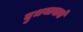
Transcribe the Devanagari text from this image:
दुधगावाचे